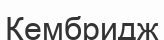
Кембридж